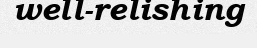
well-relishing